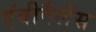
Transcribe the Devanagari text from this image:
एंबीवैलेंस